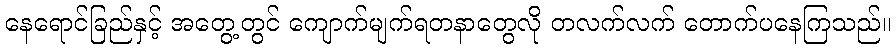
နေရောင်ခြည်နှင့် အတွေ့တွင် ကျောက်မျက်ရတနာတွေလို တလက်လက် တောက်ပနေကြသည်။